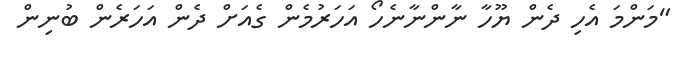
"މަންމަ އެހި ދެން ޔޫހާ ނާންނާނެހޯ އަހަރުމެން ގެއަށް ދެން އަހަރެން ބުނިން